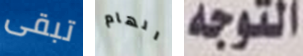
تبقى الهام التوجه